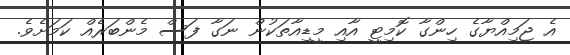
އެ ޖަމިއްޔާގެ ހިންގާ ކޮމިޓީ އާއި މީޑިއާތަކުން ނަގާ ފަސް މެންބަރެއް ކަމަށެވެ.